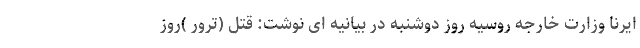
ایرنا وزارت خارجه روسیه روز دوشنبه در بیانیه ای نوشت: قتل (ترور )روز